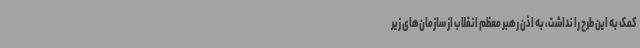
کمک به این طرح را نداشت، به اذن رهبر معظم انقلاب از سازمان‌های زیر